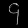
Digit: ၄